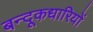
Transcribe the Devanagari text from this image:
बन्दूकधारियों